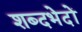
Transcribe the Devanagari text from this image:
शब्दभेदों